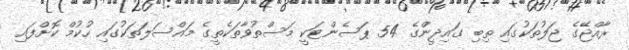
ރާއްޖޭގެ ޖަލުތަކުގައި ތިބި ގައިދީންގެ 54 ޕަސެންޓަކީ މަސްތުވާތަކެތީގެ މައްސަލަތަކުގައި ހުކުމް ކޮށްފައި